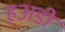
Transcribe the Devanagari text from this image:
ह़अडी